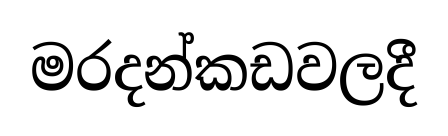
මරදන්කඩවලදී